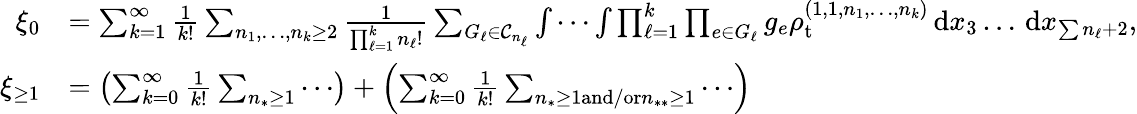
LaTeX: \begin{array}{rl}{\xi_{0}}&{=\sum_{k=1}^{\infty}\frac{1}{k!}\sum_{n_{1},\ldots,n_{k}\geq 2}\frac{1}{\prod_{\ell=1}^{k}n_{\ell}!}\sum_{G_{\ell}\in\mathcal{C}_{n_{\ell}}}\idotsint\prod_{\ell=1}^{k}\prod_{e\in G_{\ell}}g_{e}\rho_{\mathrm{t}}^{(1,1,n_{1},\ldots,n_{k})}\, \textnormal{d}x_{3}\ldots\, \textnormal{d}x_{\sum n_{\ell}+2},}\\ {\xi_{\geq 1}}&{=\left(\sum_{k=0}^{\infty}\frac{1}{k!}\sum_{n_{*}\geq 1}\cdots\right)+\left(\sum_{k=0}^{\infty}\frac{1}{k!}\sum_{n_{*}\geq 1\textnormal{and/or}n_{**}\geq 1}\cdots\right)}\end{array}